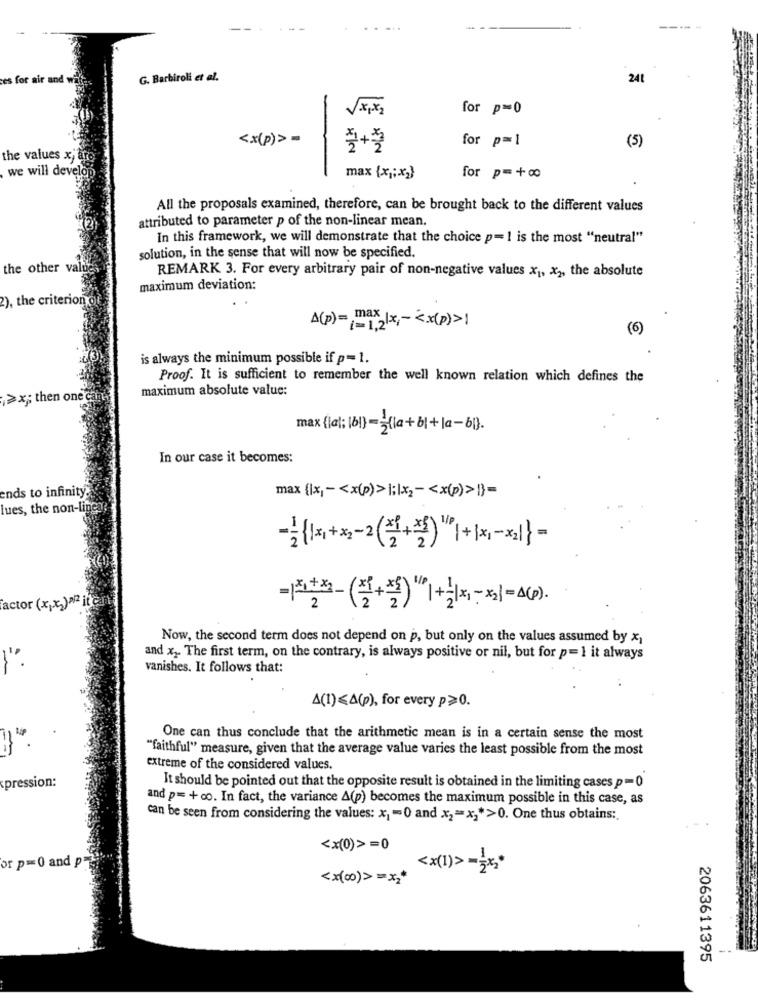
----.
es for air and
G. Barbiroli et al.
241
for p=0
NK
<x(p)>-
for p=1
(5)
the values xj
we will develo
for p=+8
max {x1;x2}
All the proposals examined, therefore, can be brought back to the different values
attributed to parameter p of the non-linear mean.
In this framework, we will demonstrate that the choice p= 1 is the most "neutral"
solution, in the sense that will now be specified.
the other value
REMARK 3. For every arbitrary pair of non-negative values x1, x2, the absolute
maximum deviation:
2), the criterion of
A(p)= max |x
= 1=1,2x; < x(p)>1
(6)
is always the minimum possible if p= 1.
Proof. It is sufficient to remember the well known relation which defines the
maximum absolute value:
>x; then one can
max (la); [61) = = (1a + b1 + la - b1) .
In our case it becomes:
ends to infinity
max {\x1 - < x(p)> lilx2 - < x(p)>1}=
lues, the non-ling
––(1+xューマ( + )"1+1x1-×2/}=
factor (x,x2)>2 it
ードユキュー( + )"1+1x-x2]=△(P).
Now, the second term does not depend on p, but only on the values assumed by x,
and x, The first term, on the contrary, is always positive or nil, but for p=1 it always
vanishes. It follows that:
A(1)≤A(p), for every p>0.
One can thus conclude that the arithmetic mean is in a certain sense the most
1" .
"faithful" measure, given that the average value varies the least possible from the most
extreme of the considered values.
pression:
It should be pointed out that the opposite result is obtained in the limiting cases p= 0
and p= +co. In fact, the variance A(p) becomes the maximum possible in this case, as
can be seen from considering the values: x1 -0 and x2= x ,* >0. One thus obtains:
<x(0)>=0
or p=0 and p
<x(1)> == x2*
2063611395